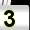
Digit: 3